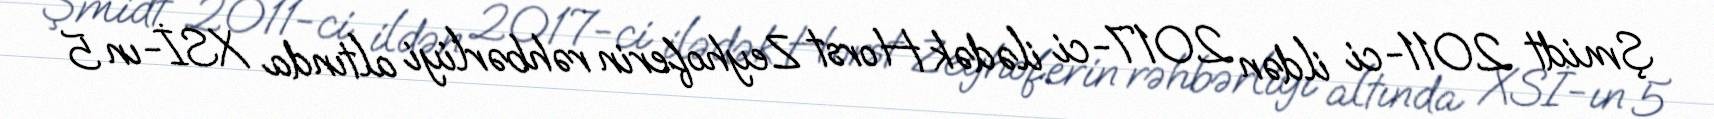
Şmidt 2011-ci ildən 2017-ci ilədək Horst Zeyhoferin rəhbərliyi altında XSİ-ın 5